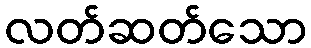
လတ်ဆတ်သော